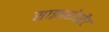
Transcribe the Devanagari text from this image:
साइडरोस्टैट